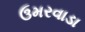
ઉમરવાડા